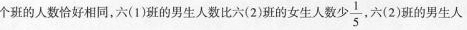
个班的人数恰好相同，六(1D班的男生人数比六(2)班的女生人数少\frac{3}{4}，六(2)班的男生人